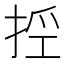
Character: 𢭊